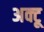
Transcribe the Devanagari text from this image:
अक्टू